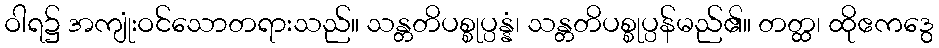
ဝါရ၌ အကျုံးဝင်သောတရားသည်။ သန္တတိပစ္စုပ္ပန္နံ၊ သန္တတိပစ္စုပ္ပန်မည်၏။ တတ္ထ၊ ထိုဧကဒွေ